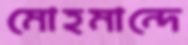
মোহমান্দে